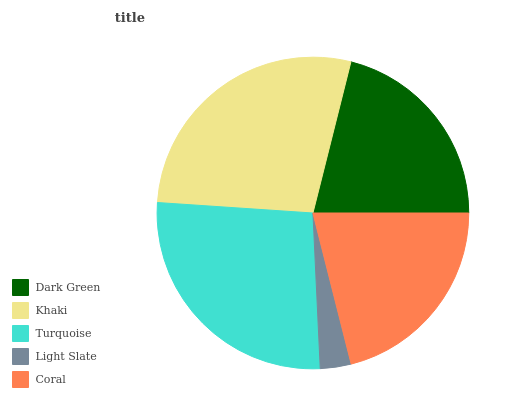
| Dark Green | Khaki | Turquoise | Light Slate | Coral |
 | --- | --- | --- | --- | --- |
 | 21% | 27.9% | 26.8% | 3.21% | 21% |